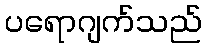
ပရောဂျက်သည်